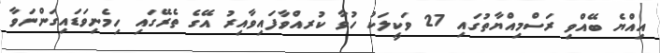
އިއްޔެ ބޭއްވި ރަސްމިއްޔާތުގައި 27 ވަކީލަކު ހުވާ ކުރއްވާފައިވާއިރު އޭގެ ތެރޭގައި ހިމެނިވަޑައިގަންނަވާ